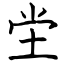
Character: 坣